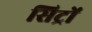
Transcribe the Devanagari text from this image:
सिट्रों